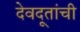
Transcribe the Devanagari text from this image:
देवदूतांची